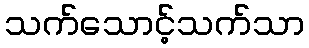
သက်သောင့်သက်သာ